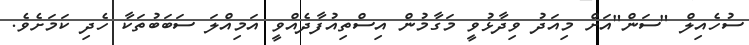
ސުހެއިލް "ސަން"އަށް މިއަދު ވިދާޅުވީ މަގާމުން އިސްތިއުފާދެއްވީ އަމިއްލަ ސަބަބުތަކާ ހެދި ކަމަށެވެ.